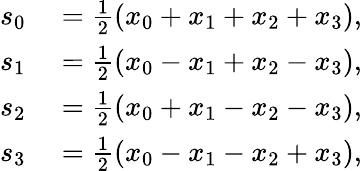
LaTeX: \begin{array}{rl}{s_{0}}&{{}={\frac{1}{2}}(x_{0}+x_{1}+x_{2}+x_{3}),}\\ {s_{1}}&{{}={\frac{1}{2}}(x_{0}-x_{1}+x_{2}-x_{3}),}\\ {s_{2}}&{{}={\frac{1}{2}}(x_{0}+x_{1}-x_{2}-x_{3}),}\\ {s_{3}}&{{}={\frac{1}{2}}(x_{0}-x_{1}-x_{2}+x_{3}),}\end{array}